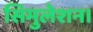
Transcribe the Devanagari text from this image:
सिमुलेशन।